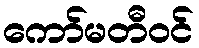
ကော်မတီဝင်